Development of the Leishman-Donovan parasite in Cimex rotundatus - Number 31
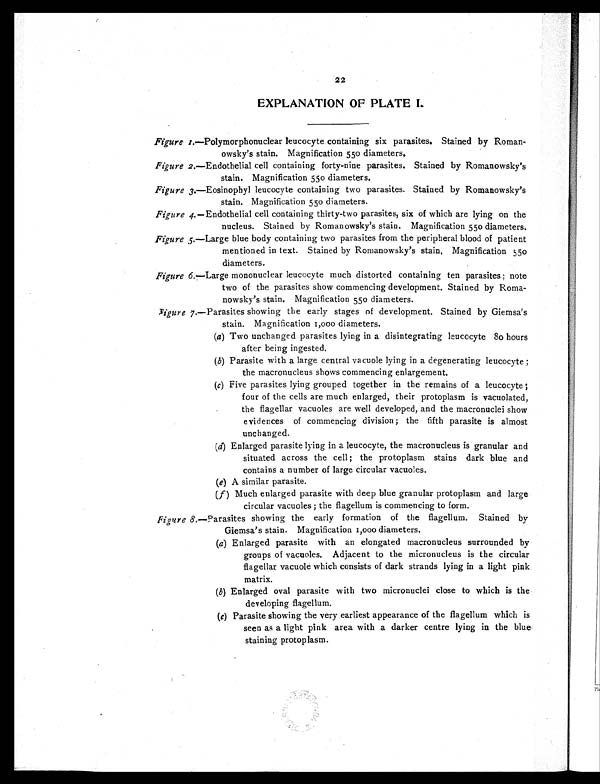
22
EXPLANATION OF PLATE L
Figure 1.—Polymorphonuclear leucocyte containing six parasites. Stained by Roman-
owsky's stain. Magnification 550 diameters.
Figure 2.—Endothelial cell containing forty-nine parasites. Stained by Romanowsky's
stain. Magnification 550 diameters.
Figure 3.—Eosinophyl leucocyte containing two parasites. Stained by Romanowsky's
stain. Magnification 550 diameters.
Figure 4. —Endothelial cell containing thirty-two parasites, six of which are lying on the
nucleus. Stained by Roman owsky's stain. Magnification 550 diameters.
Figure 5.—Large blue body containing two parasites from the peripheral blood of patient
mentioned in text. Stained by Romanowsky's stain, Magnification 550
diameters.
Figure 6. —Large mononuclear leucocyte much distorted containing ten parasites ; note
two of the parasites show commencing development. Stained by Roma-
nowsky's stain. Magnification 550 diameters.
Figure 7.—Parasites showing the early stages of development. Stained by Giemsa's
stain. Magnification 1,000 diameters.
(a) Two unchanged parasites lying in a disintegrating leucocyte 80 hours
after being ingested.
(b) Parasite with a large central vacuole lying in a degenerating leucocyte ;
the macronucleus shows commencing enlargement.
(c) Five parasites lying grouped together in the remains of a leucocyte ;
four of the cells are much enlarged, their protoplasm is vacuolated,
the flagellar vacuoles are well developed, and the macronuclei show
evidences of commencing division ; the fifth parasite is almost
unchanged.
(d) Enlarged parasite lying in a leucocyte, the macronucleus is granular and
situated across the cell ; the protoplasm stains dark blue and
contains a number of large circular vacuoles.
(e) A similar parasite.
(f) Much enlarged parasite with deep blue granular protoplasm and large
circular vacuoles ; the flagellum is commencing to form.
Figure 8.— Parasites showing the early formation of the flagellum. Stained by
Giemsa's stain. Magnification 1,000 diameters.
(a) Enlarged parasite with an elongated macronucleus surrounded by
groups of vacuoles. Adjacent to the micronucleus is the circular
flagellar vacuole which consists of dark strands lying in a light pink.
matrix.
(b) Enlarged oval parasite with two micronuclei close to which is the
developing flagellum.
(c) Parasite showing the very earliest appearance of the flagellum which is
seen as a light pink area with a darker centre lying in the blue
staining protoplasm.